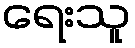
ရေးသူ